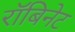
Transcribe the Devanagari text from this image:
रॉबिनेट